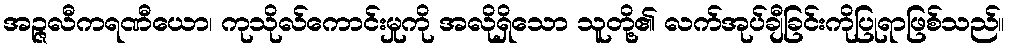
အဉ္ဇလီကရဏီယော၊ ကုသိုလ်ကောင်းမှုကို အလိုရှိသော သူတို့၏ လက်အုပ်ချီခြင်းကိုပြုရာဖြစ်သည်။